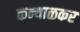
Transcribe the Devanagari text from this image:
कन्याळकर